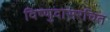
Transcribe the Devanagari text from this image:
विष्णुदासरचित